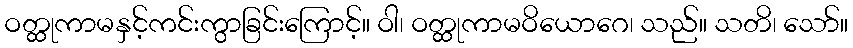
ဝတ္ထုကာမနှင့်ကင်းကွာခြင်းကြောင့်။ ဝါ၊ ဝတ္ထုကာမဝိယောဂေ၊ သည်။ သတိ၊ သော်။